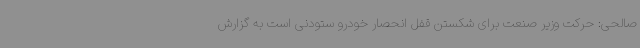
صالحی: حرکت وزیر صنعت برای شکستن قفل انحصار خودرو ستودنی است به گزارش